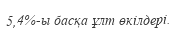
5,4%-ы басқа ұлт өкілдері.